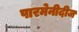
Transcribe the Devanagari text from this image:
पारमेनीदीज